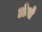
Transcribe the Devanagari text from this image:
डोमो